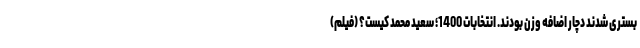
بستری شدند دچار اضافه وزن بودند. انتخابات 1400؛ سعید محمد کیست؟ (فیلم)